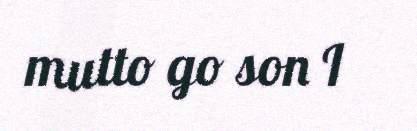
mutto go son I